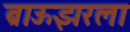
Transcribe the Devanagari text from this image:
ब्राऊझरला